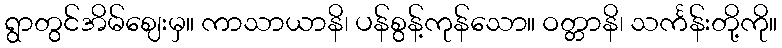
ရွာတွင်အိမ်ဈေးမှ။ ကာသာယာနိ၊ ပန်စွန့်ကုန်သော။ ဝတ္တာနိ၊ သင်္ကန်းတို့ကို။